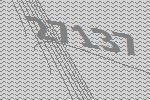
27137